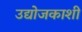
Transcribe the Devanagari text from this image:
उद्योजकाशी